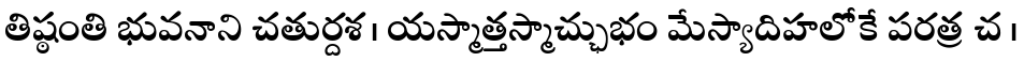
తిష్ఠంతి భువనాని చతుర్దశ । యస్మాత్తస్మాచ్ఛుభం మేస్యాదిహలోకే పరత్ర చ ।